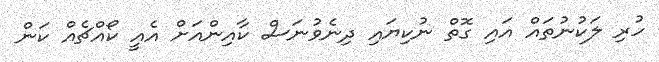
ހުރި ލަކުނުތައް އައި ގޮތް ނުކިޔައި ދިނެވުނަސް ކާއިންއަށް އެއީ ކޯއްޗެއް ކަން